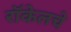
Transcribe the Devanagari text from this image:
रॉकेलचे